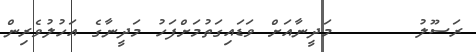
ރަސޫލު      މަދީނާއަށް ވަޑައިގަތުމަށްފަހު މަދީނާގެ އަހުލުވެރިން